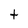
Character: t